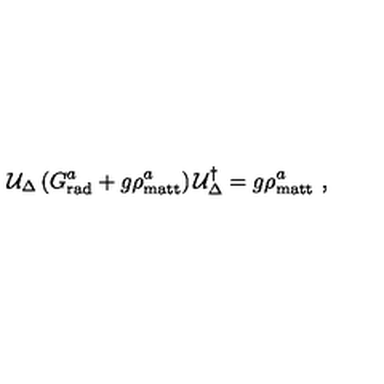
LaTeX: { \cal U } _ { \Delta } \left( G _ { \mathrm { r a d } } ^ { a } + g \rho _ { \mathrm { m a t t } } ^ { a } \right) { \cal U } _ { \Delta } ^ { \dagger } = g \rho _ { \mathrm { m a t t } } ^ { a } \ ,